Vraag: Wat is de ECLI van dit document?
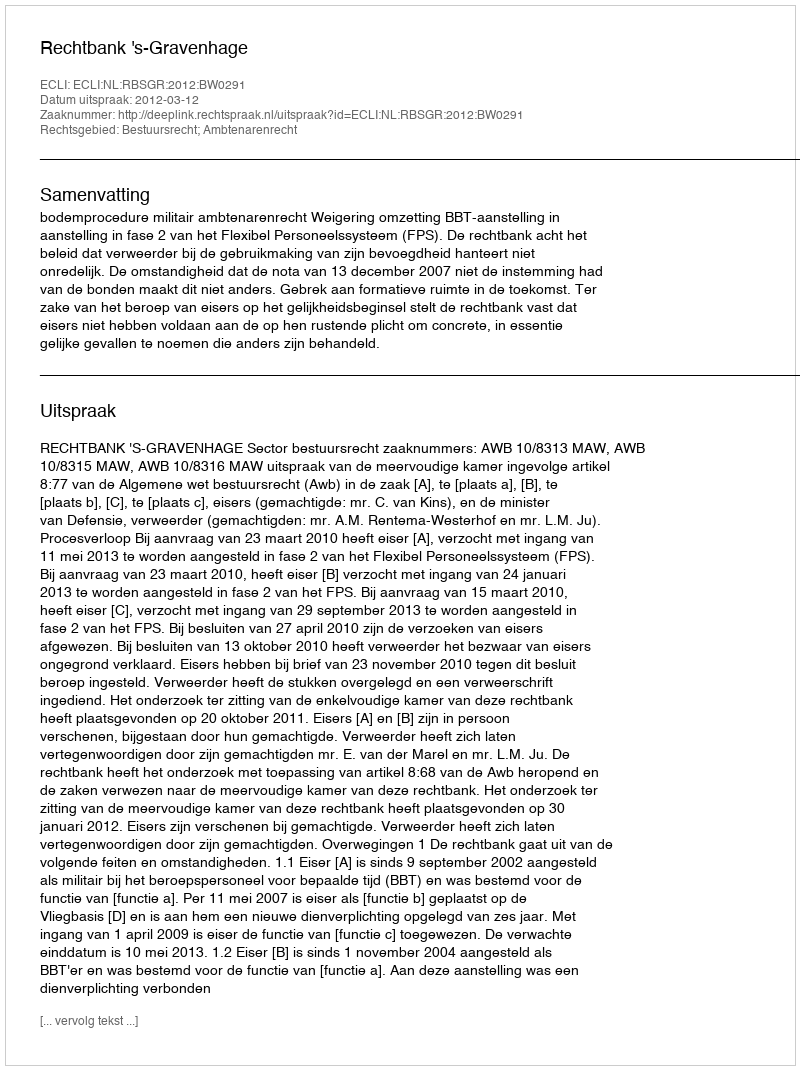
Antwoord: ECLI:NL:RBSGR:2012:BW0291